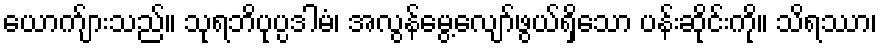
ယောက်ျားသည်။ သုရဘိပုပ္ပဒါမံ၊ အလွန်မွေ့လျော်ဖွယ်ရှိသော ပန်းဆိုင်းကို။ သိရဿာ၊